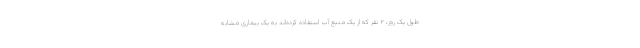
طول یک روز، ۲ نفر که از یک منبع آب استفاده کرده‌اند به یک بیماری مشابه